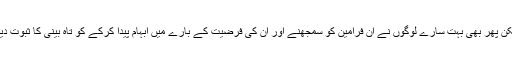
لیکن پھر بھی بہت سارے لوگوں نے ان فرامین کو سمجھنے اور ان کی فرضیت کے بارے میں ابہام پیدا کرکے کو تاہ بینی کا ثبوت دیا ۔